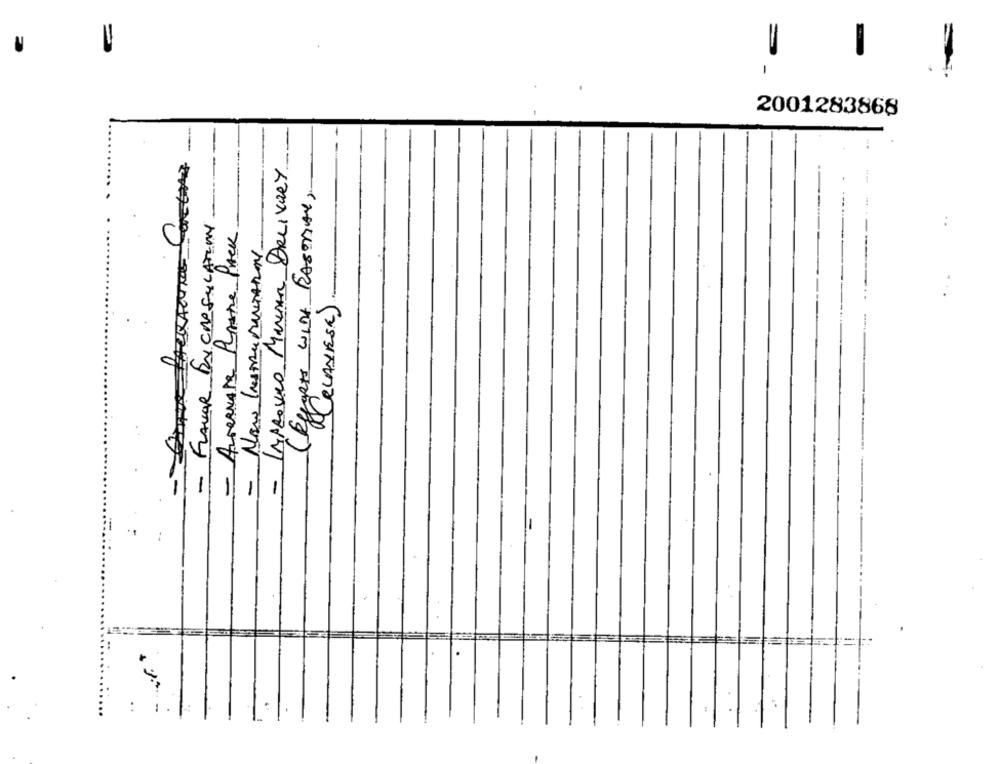
-
2001283868
IMPROVED MANDAR DELIVERY
(Eggers WITH RASOBAL,
..
FLAVOR ENCAPSULATION
- Areanate Passe-PACK
CELANESE)
-
-
-
:
..